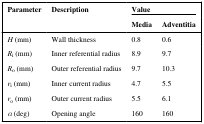
| <ROWSPAN=2> Parameter | <ROWSPAN=2> Description | <COLSPAN=2> Value |
 | Media | Adventitia |
 | --- | --- | --- | --- |
 | H (mm) | Wall thickness | 0.8 | 0.6 |
 | Ri (mm) | Inner referential radius | 8.9 | 9.7 |
 | Ro (mm) | Outer referential radius | 9.7 | 10.3 |
 | ri (mm) | Inner current radius | 4.7 | 5.5 |
 | ro (mm) | Outer current radius | 5.5 | 6.1 |
 | α (deg) | Opening angle | 160 | 160 |